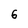
Character: 6